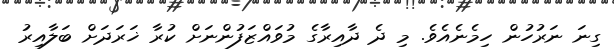
ގިނަ ނަރުހުން ހިމެނެއެވެ. މި ދެ ދާއިރާގެ މުވައްޒަފުންނަށް ކުރާ ޚަރަދަށް ބަލާއިރު